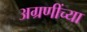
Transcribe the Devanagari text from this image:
अग्रणींच्या